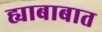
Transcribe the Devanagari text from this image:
ह्याबाबात